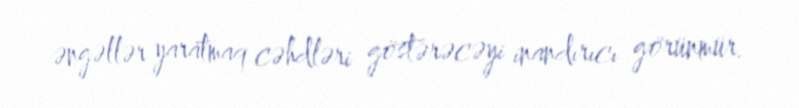
əngəllər yaratmaq cəhdləri göstərəcəyi inandırıcı görünmür.